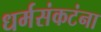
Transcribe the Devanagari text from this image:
धर्मसंकटंना